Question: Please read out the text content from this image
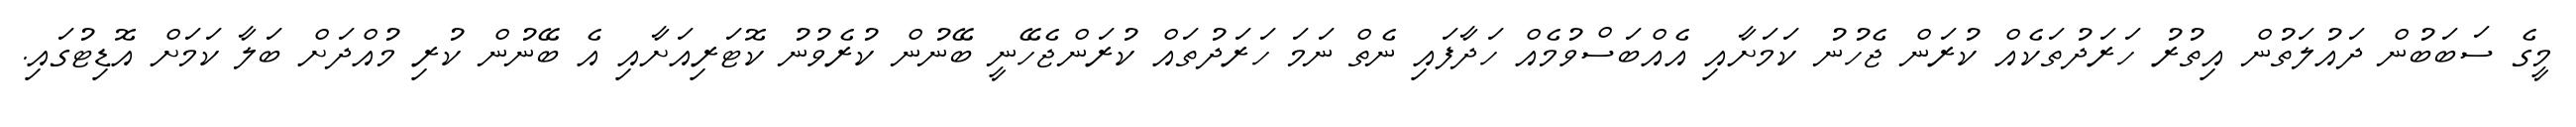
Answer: މީގެ ސަބަބުން ދައުލަތުން އިތުރު ހަރަދުތަކެއް ކުރަން ޖެހުނު ކަމަށާއި އެއްބަސްވުމެއް ހަދާފައި ނެތް ނަމަ ހަރަދުތައް ކުރަންޖެހޭނީ ބޭނުން ކުރެވުނު ކޮޓަރިއަށާއި އެ ބޭނުން ކުރި މުއްދަށް ބަލާ ކަމަށް އޮޑިޓުގައި.